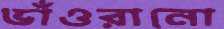
ভাঁওরানো